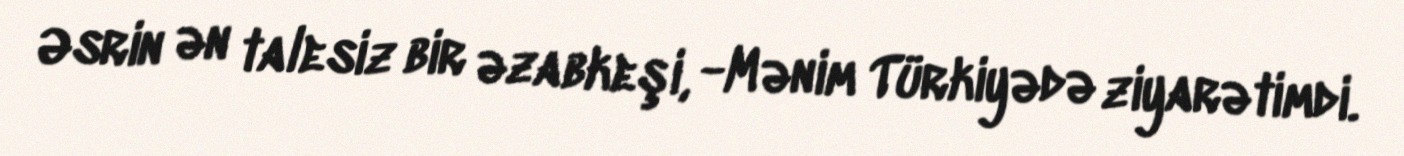
Əsrin ən talesiz bir əzabkeşi, -Mənim Türkiyədə ziyarətimdi.